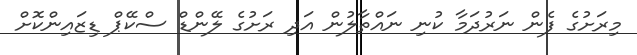
މިރަށުގެ ފެން ނަރުދަމާ ކުނި ނައްތާލުން އަދި ރަށުގެ ލޭންޑް ސްކޭޕް ޑިޒައިންކޮށް